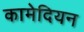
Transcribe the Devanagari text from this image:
कामेदियन